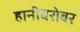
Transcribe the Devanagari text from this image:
हानीबरोबर